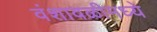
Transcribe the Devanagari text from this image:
वंशावळीमध्ये